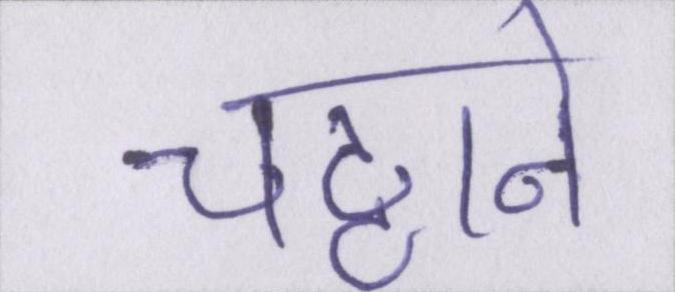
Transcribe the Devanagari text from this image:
चट्टाने